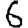
Digit: 6